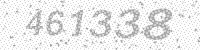
Solution: 461338